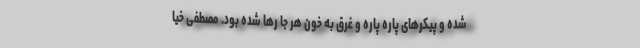
شده و پیکرهای پاره پاره و غرق به خون هر جا رها شده بود. مصطفی خیا